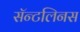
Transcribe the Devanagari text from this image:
सॅन्टलिनस